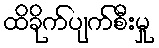
ထိခိုက်ပျက်စီးမှု